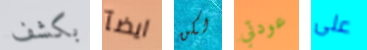
بكشف ايضآ لكن عودتي على